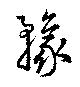
豫